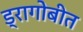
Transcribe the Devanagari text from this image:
ड्रागोबीत